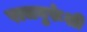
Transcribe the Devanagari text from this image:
राजगुरूंशी